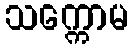
သက္ကောမ